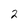
Character: 2